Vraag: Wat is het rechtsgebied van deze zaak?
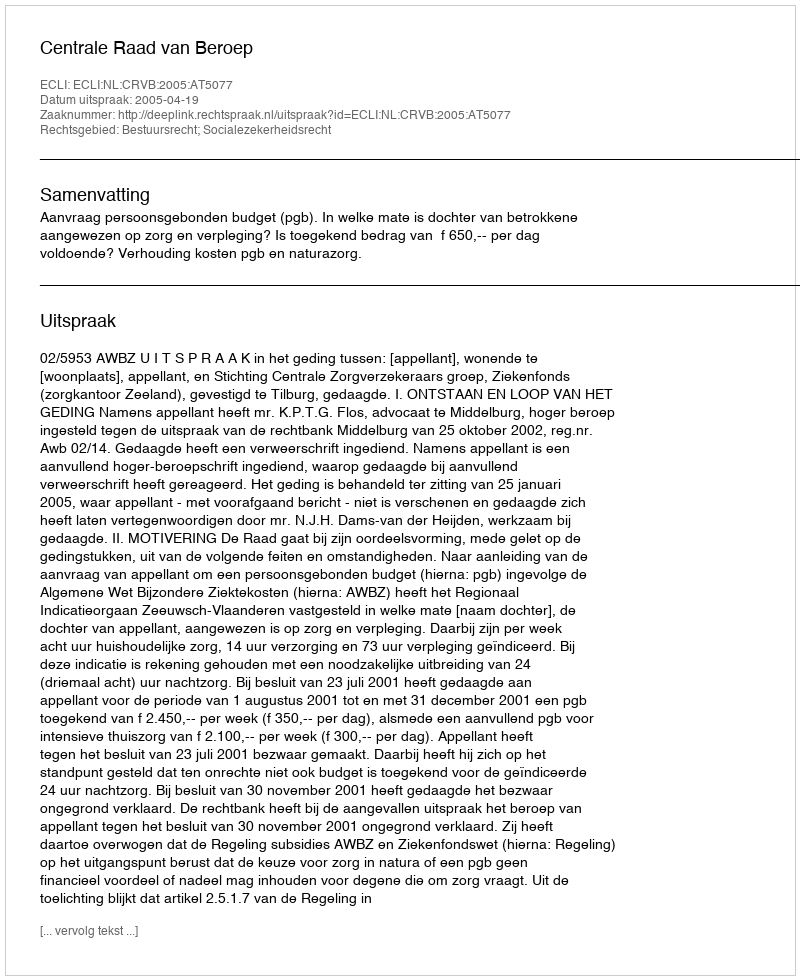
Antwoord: Bestuursrecht; Socialezekerheidsrecht